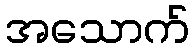
အသောက်